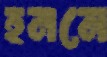
হননে